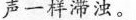
声一样滞浊。